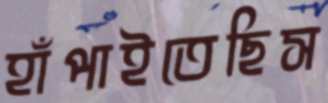
হাঁপাইতেছিস